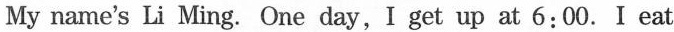
My name's Li Ming. One day,I get up at 6:00.I eat